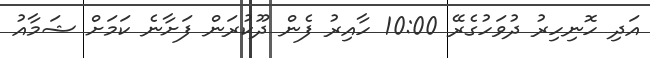
އަދި ހޮނިހިރު ދުވަހުގެރޭ 10:00 ހާއިރު ފެން ދޫކުރަން ފަށާނެ ކަމަށް ޝަމާއު